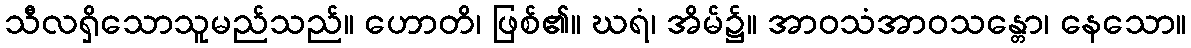
သီလရှိသောသူမည်သည်။ ဟောတိ၊ ဖြစ်၏။ ဃရံ၊ အိမ်၌။ အာဝသံအာဝသန္တော၊ နေသော။